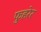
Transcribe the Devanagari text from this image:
फुहरेर